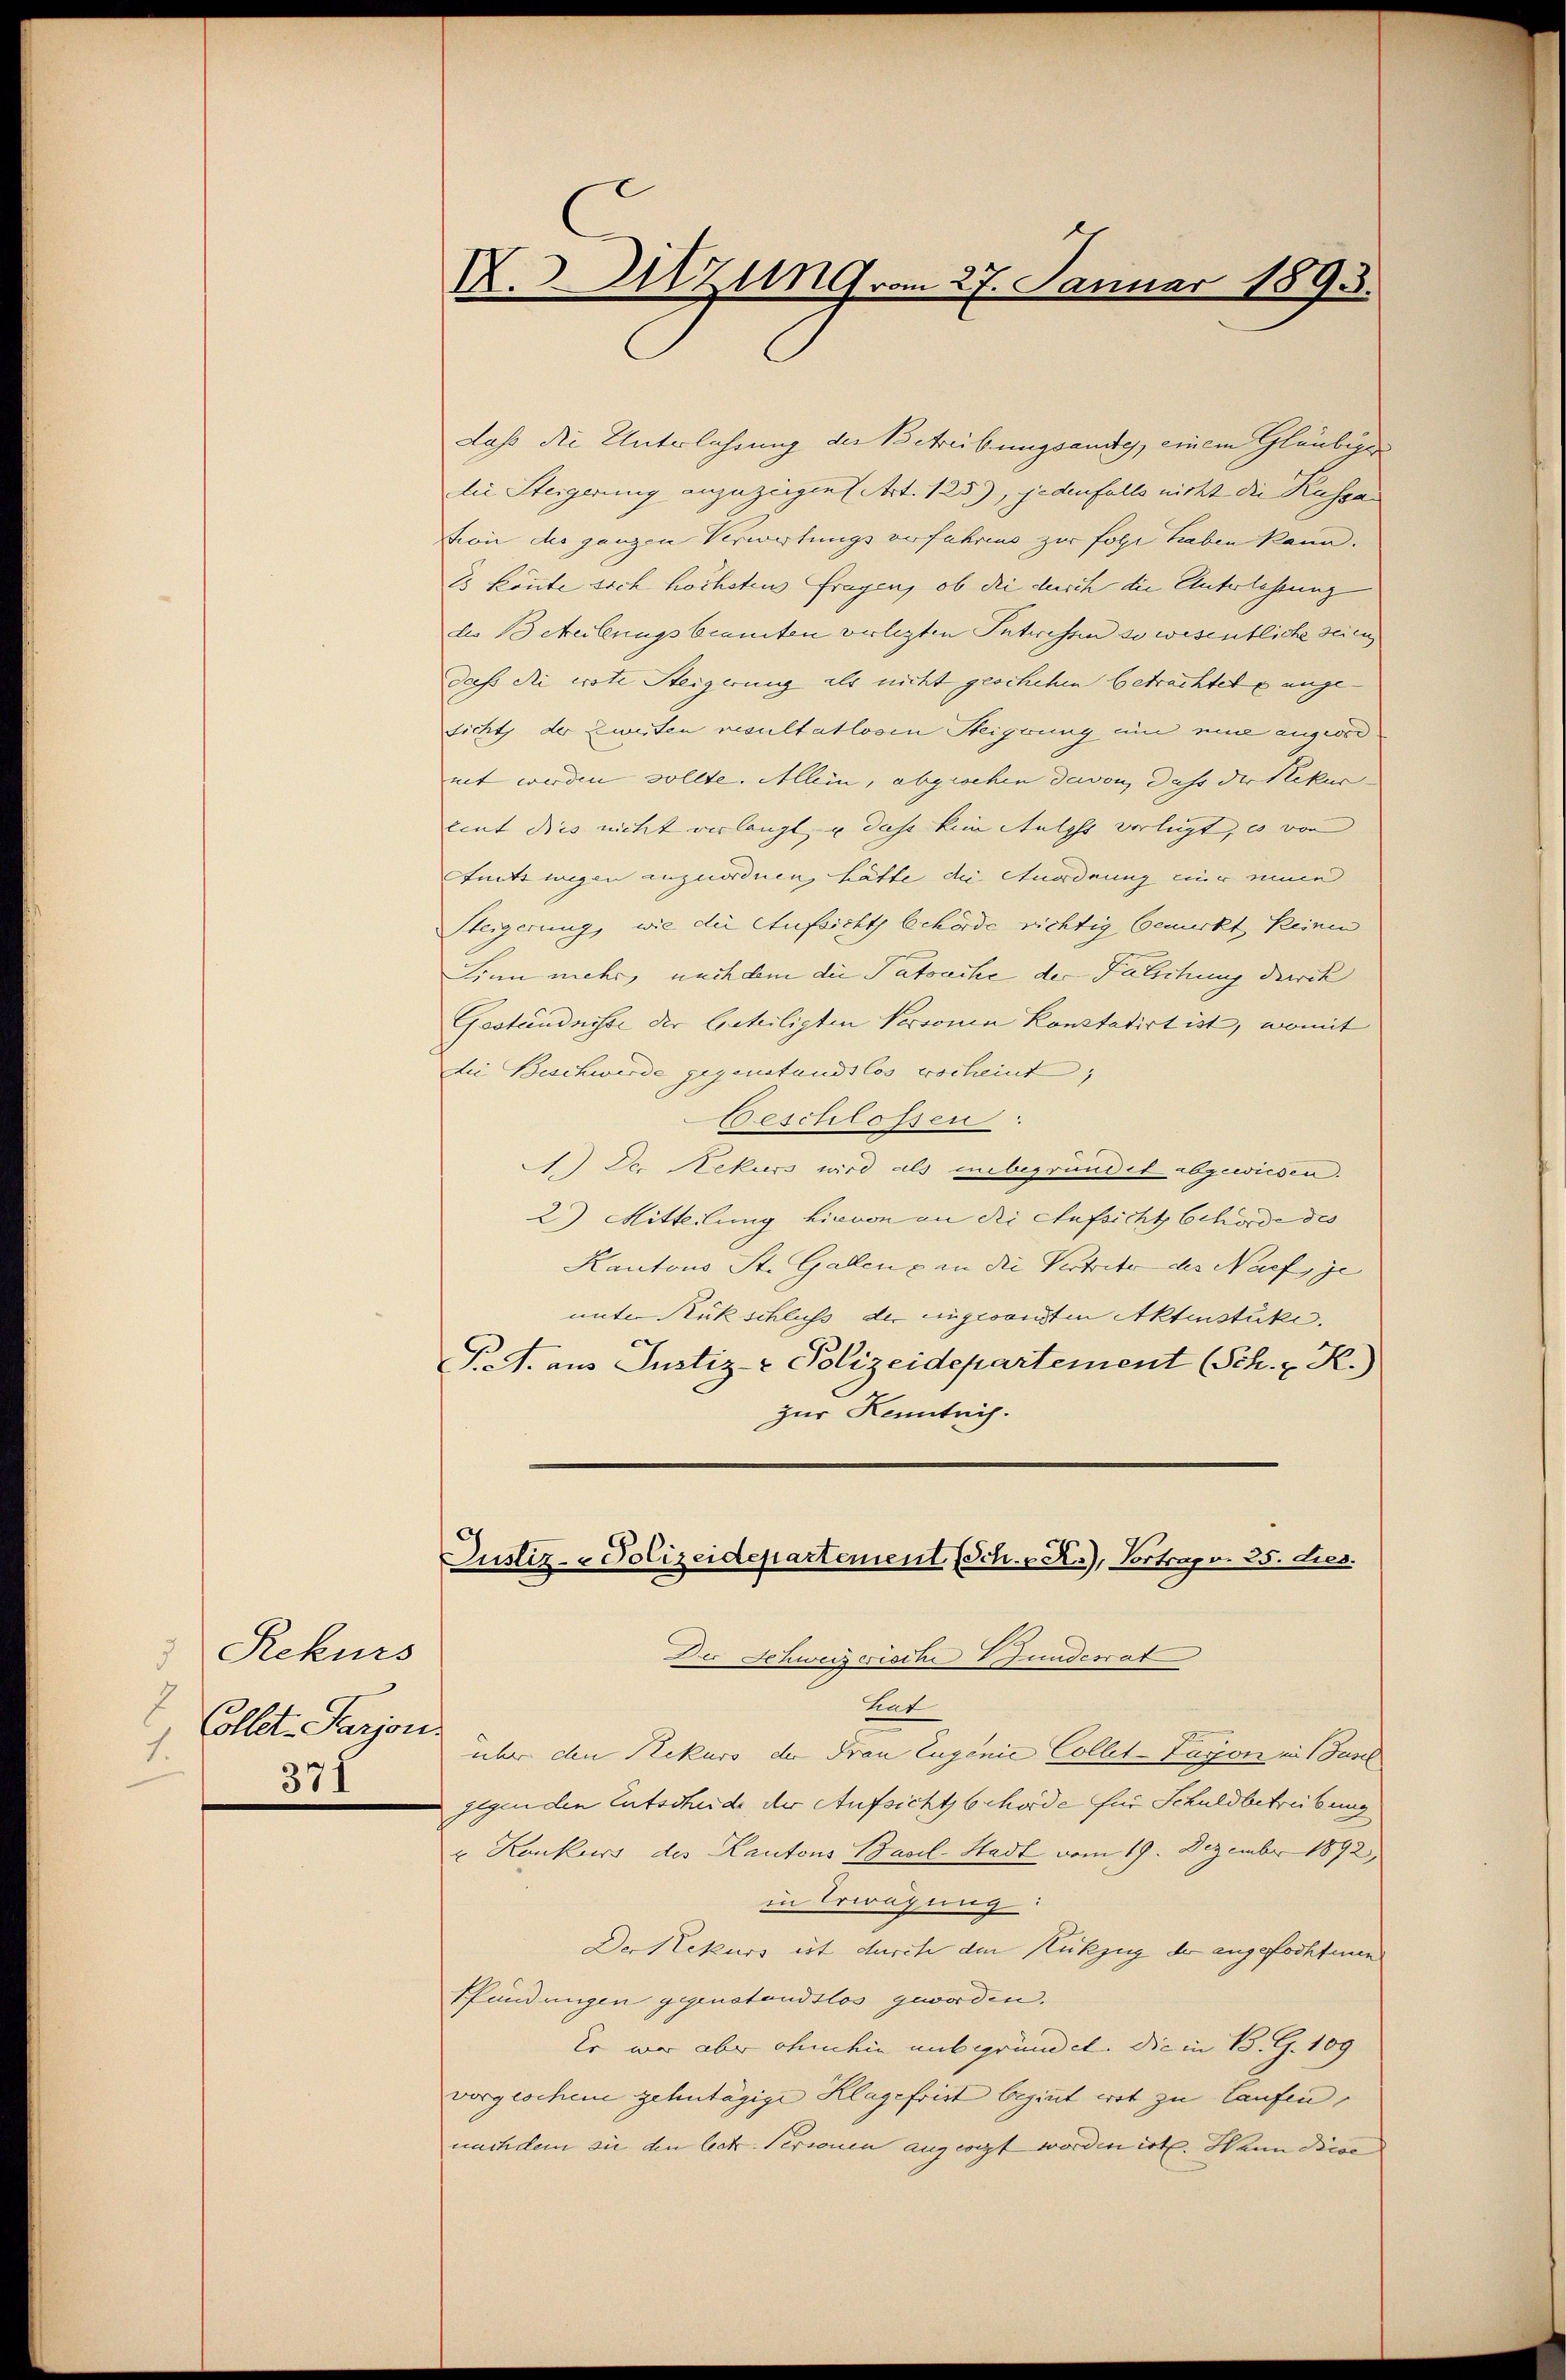
Rekurs
5
Collet. Parjon
1.
371

X. Sitzung vom 27. Januar 1893.

Lass die Unterlassung der Betreibungsandy, einem Gläubigen
die Steigerung anzuzeigen. Art. 125), jedenfalls nicht die Kassa
tion der ganzen Verwertungs verfahrend zur folge haben kann.
Es könte sich höchsten Fragen, ob die durch die Unterlassung
d 13 Meilenugsbeamten verlezten Intressen so wesentliche seien
dass di erste Steigerung als nicht geschehen betrachtete angesicht, der Zweiten resultatlosen Steigung ein eine angeord
net werden sollte. Allein, abgesehen davon, dass der Rekur
eint dies nicht verlangt, u dass kein Melche verlegt, wo von
fants wegen anzuordnen, hätte die Anordnung nur einen
Heigerung, wie die Aufsicht behörde richtig bemerkt keinen
Sinn mehr, nachdem die Tatsache der Falschung durck
Gestaendnisse der beteiligten Versonen Konstatirt ist, womit
die Beschwerde gegenstandslos procheint,
Beschlossen:
1.) Der Rekurs wird als unbegründet abgewiesen.
2) Mitteilung hievon an die Aufsicht behörde des |
Kantons St. Galen & an die Vertritt des Nach je
unter Rückschluss der eingesandten Aktenstüke.
P.S. aus Justiz- & Polizeidepartement (Sch. z. R.)
zur Kenntnis.
Justiz- & Polizeidepartement (Sch. v. R.), Vortrapv. 25. dies.
Der Schweissische Bundesrat
tat
über den Rekurs der Frau Eugenie Collet-Lugon in Zusch
gegen den Entscheide der Aufsichtsbehörde für Schuldbetreibung
u Konkurs des Kantons Basel-Stadt vom 19. Dezember 1892,
in Erwägung
Der Rekurs ist durch den Rückzug der angefochtenen
Pfundungen gegenstandslos geworden.
Er war aber ohnehin uns gründet. Die in B. G. 109
vorgeschen gehntägige Klagefrist beginnt wol zu Laufen. |
nachdem sie den lect. Personen angeregt worden ist. Wann Bise